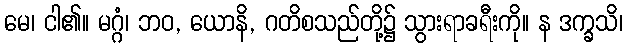
မေ၊ ငါ၏။ မဂ္ဂံ၊ ဘဝ, ယောနိ, ဂတိစသည်တို့၌ သွားရာခရီးကို။ န ဒက္ခသိ၊